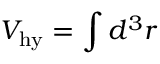
{ \cal V } _ { \mathrm { h y } } = \int d ^ { 3 } r